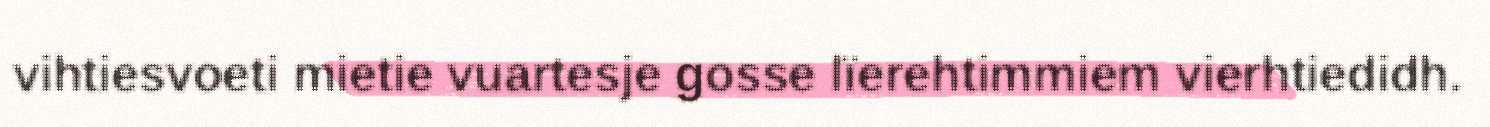
vihtiesvoeti mietie vuartesje gosse lïerehtimmiem vierhtiedidh.